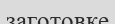
заготовке